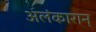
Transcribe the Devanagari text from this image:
अलंकारान्